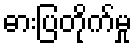
ဓားပြတိုက်မှု